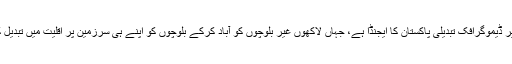
سی پیک منصوبہ و گوادر و بلوچستان میں ترقی کے نام پر ڈیموگرافک تبدیلی پاکستان کا ایجنڈا ہے، جہاں لاکھوں غیر بلوچوں کو آباد کرکے بلوچوں کو اپنے ہی سرزمین پر اقلیت میں تبدیل کرنے اور وسائل کی لوٹ مار کی پالیسی سر فہرست ہے۔